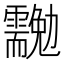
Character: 𠣉